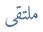
ملتقى